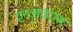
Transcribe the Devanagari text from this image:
एनआइएस